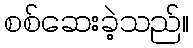
စစ်ဆေးခဲ့သည်။